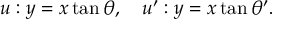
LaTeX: u : y = x \tan \theta , \quad u ^ { \prime } : y = x \tan \theta ^ { \prime } .